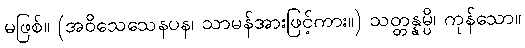
မဖြစ်။ (အဝိသေသေနပန၊ သာမန်အားဖြင့်ကား။) သတ္တန္နမ္ပိ၊ ကုန်သော။